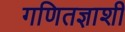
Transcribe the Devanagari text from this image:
गणितज्ञाशी